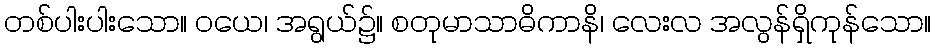
တစ်ပါးပါးသော။ ဝယေ၊ အရွယ်၌။ စတုမာသာဓိကာနိ၊ လေးလ အလွန်ရှိကုန်သော။